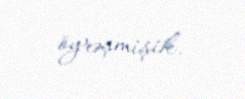
öyrəşmişik.